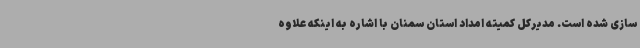
سازی شده است. مدیرکل کمیته امداد استان سمنان با اشاره به اینکه علاوه